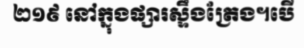
២១៩ នៅក្នុងផ្សារស្ទឹងត្រែង។បើ